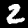
Label: 2